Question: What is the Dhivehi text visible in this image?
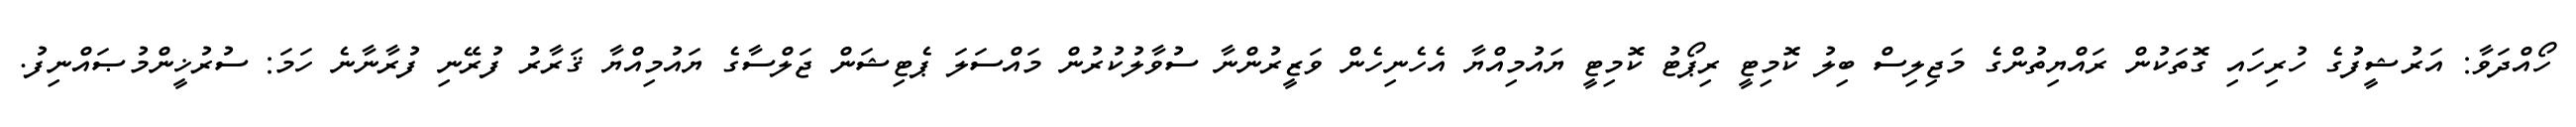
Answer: ހޯއްދަވާ: އަރުޝީފުގެ ހުރިހައި ގޮތަކުން ރައްޔިތުންގެ މަޖިލިސް ބިލު ކޮމިޓީ ރިޕޯޓު ކޮމިޓީ ޔައުމިއްޔާ އެހެނިހެން ވަޒީރުންނާ ސުވާލުކުރުން މައްސަލަ ޕެޓިޝަން ޖަލްސާގެ ޔައުމިއްޔާ ޤަރާރު ފުރޭނި ފުރާނާނެ ހަމަ: ސުރުޚީންމުޞައްނިފު.